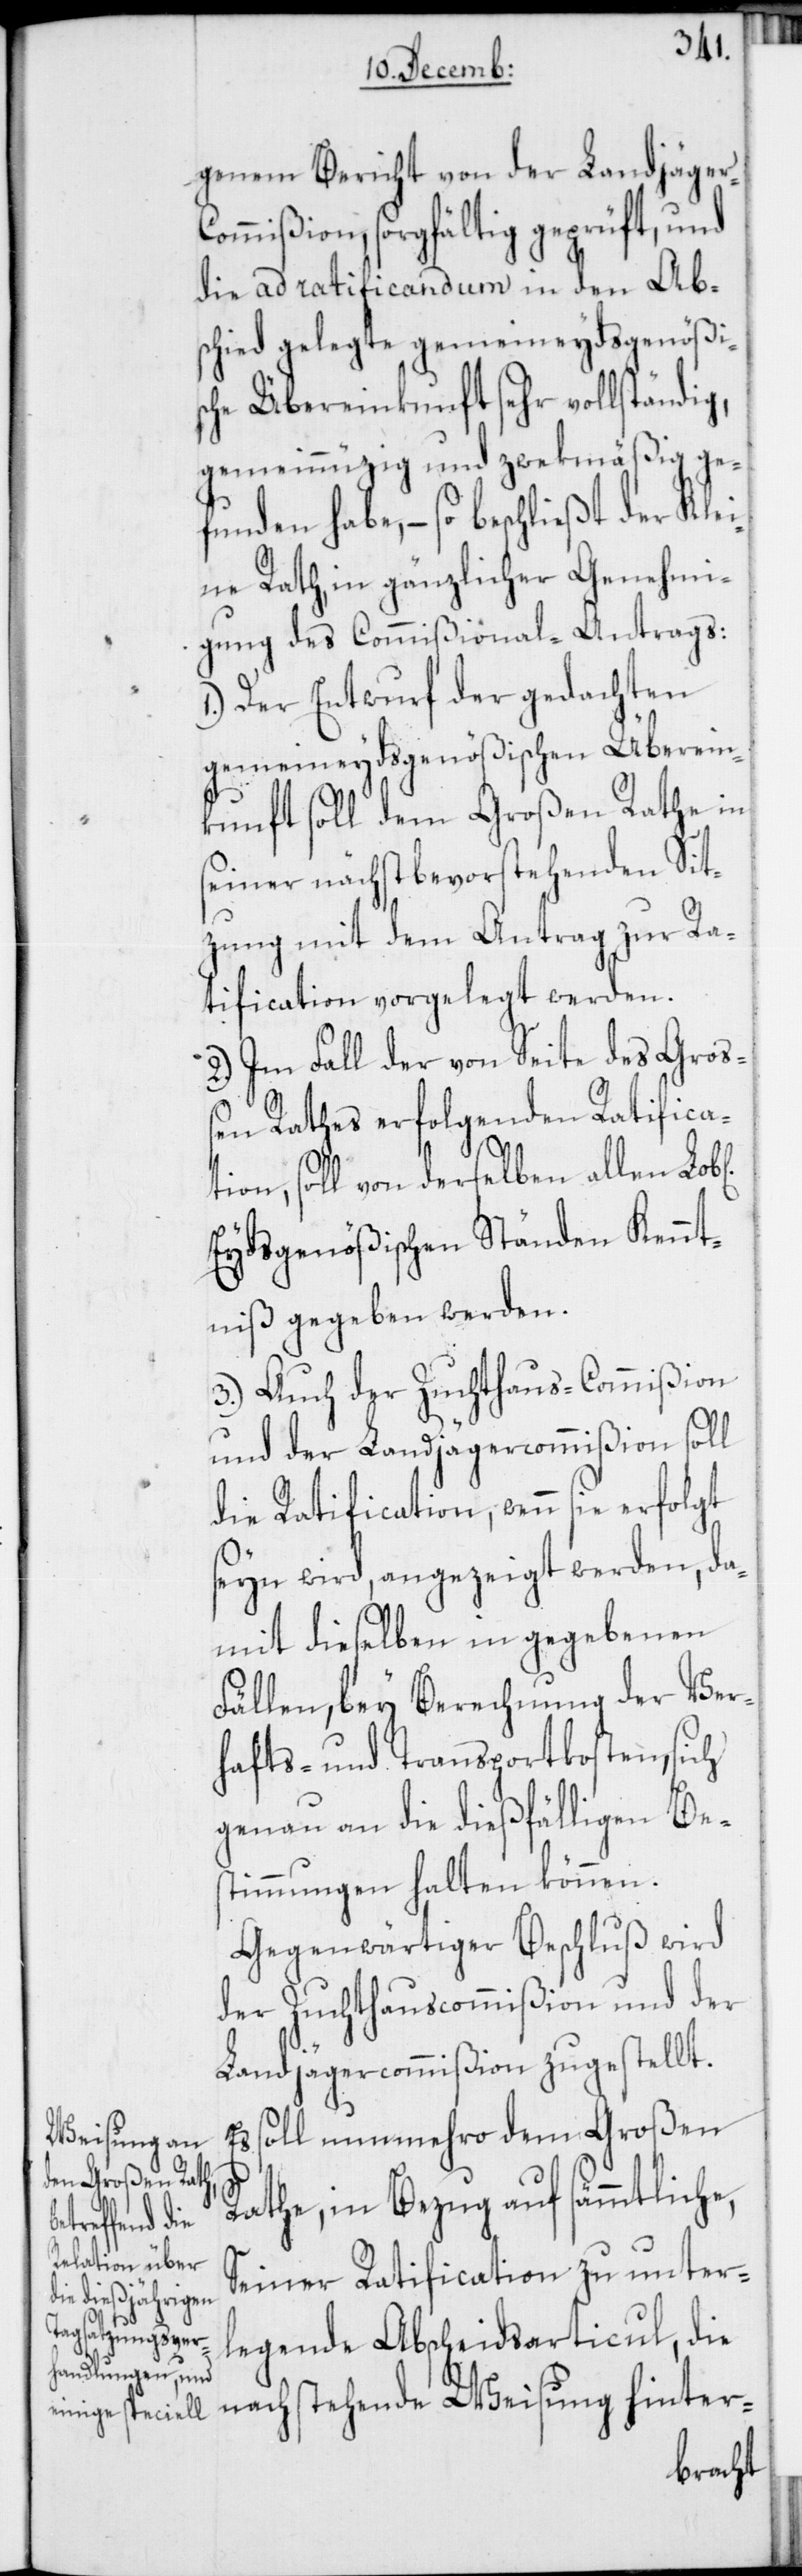
genem Bericht von der Landjäger-C¬
ommißion, sorgfältig geprüft, und
die ad ratificandum in den Ab¬
schied gelegte gemeineydsgenößis¬
che Übereinkunft sehr vollständig,
gemeinnüzig und zwekmäßig ge¬
funden habe, – so beschließt der Klei¬
ne Rath, in gänzlicher Genehmi¬
gung des Commißional-Antrags:
1.) Der Entwurf der gedachten
gemeineydsgenößischen Überein¬
kunft soll dem Großen Rathe in
seiner nächstbevorstehenden Sit¬
zung mit dem Antrag zur Ra¬
tification vorgelegt werden.
2.) Im Fall der von Seite des Groß¬
en Rathes erfolgenden Ratifica¬
tion, soll von derselben allen
Eydsgenößischen Ständen Kennt¬
niß gegeben werden.
3.) Auch der Zuchthaus-Commißion
und der Landjägercommißion soll
die Ratification, wenn sie erfolgt
seyn wird, angezeigt werden, da¬
mit dieselben in gegeben
Fällen, bey Berechnung der Ver¬
hafts- und Transportkosten, sich
genau an die dießfälligen Be¬
stimmungen halten können.
Gegenwärtiger Beschluß wird
der Zuchthauscommißion und der
Landjägercommißion zugestellt.
Es soll nunmehro dem Großen
Rathe, in Bezug auf sämmtliche,
Seiner Ratification zu unter¬
legende Abscheidsarticul, di¬
e nachstehende Weisung hinter-